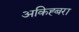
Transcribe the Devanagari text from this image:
अकिह्बरा